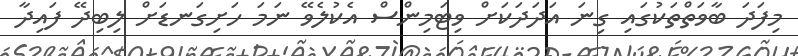
މިފަދަ ބާވަތްތަކުގައި ގިނަ އަދަދަކަށް ވިޓަމިންސް އެކުލެވޭ ނަމަ ހަށިގަނޑަށް ލިބިދޭ ފައިދާ